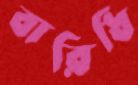
বারিধি